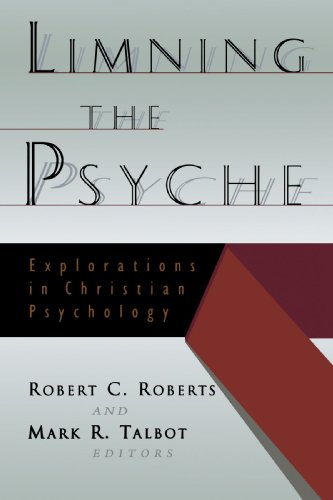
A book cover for Limning the Psyche: Explorations in Christian Psychology; Religion & Spirituality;